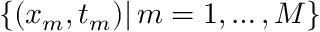
\{ ( x _ { m } , t _ { m } ) | \, m = 1 , \ldots , M \}